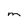
Character: m